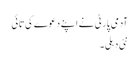
آدمی پارٹی نے اپنے دعوے کی تائی
نئی دہلی۔